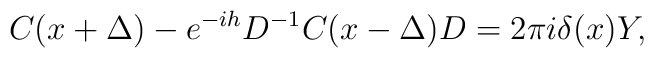
C(x+\Delta )-e^{-ih}D^{-1} C(x-\Delta ) D=2\pi i \delta(x)Y,